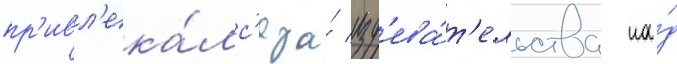
пр'ивл'ека́лс'я за́ изд'ева́т'ельства на́д